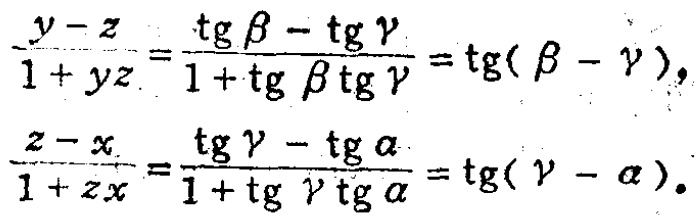
\[\frac{y - z}{1 + yz}=\frac{\operatorname{tg}\beta-\operatorname{tg}\gamma}{1 + \operatorname{tg}\beta\operatorname{tg}\gamma}=\operatorname{tg}(\beta - \gamma),\]

\[\frac{z - x}{1 + zx}=\frac{\operatorname{tg}\gamma-\operatorname{tg}\alpha}{1 + \operatorname{tg}\gamma\operatorname{tg}\alpha}=\operatorname{tg}(\gamma - \alpha).\]